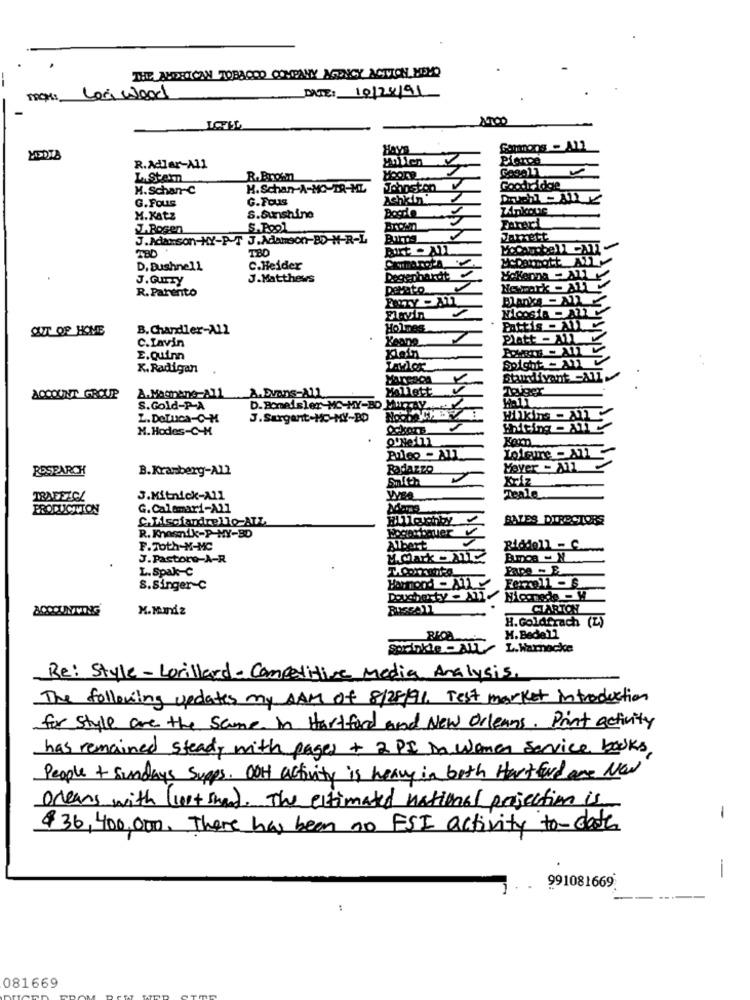
THE AHPROTICAN TOBACCO COMPANY AGENCY ACTION MEMO
Leri wood
DATE: 10/24/91
100
Mollen
Pierce
R.Adler-All
LaStern
R.Brot
Moore.
M.Schan-C
H.Schan-A-MO-TR-ML
Johnston
Goodridge
G.Fous
G.Fous
Achkin'
Linkque
M.Katz
S.Sunshine
L.Bogen
S.Pool
J.Adamson-NY-P-T J.Adamson-BD-N-R-L
Jarrett
TBO
D, Bushnell
C.Heider
J.GurTy
J.Matthews
Degenhardt
R. Parento
perato
Newark - XV
Blanks - Nl
OUT OF HOME
B. Chandler-All
Holmes
C.Invin
Platt - 111
E.Quim
Klein
Soight Mi
K. Radigan
Mellett
Toiger
ACCOUNT GROUP
A.Dvans-A11.
S.Gold-P-A
D. Bomelsler MC-MY-BD Murray
Z.DeLuca-C-H
M. Hodes-C-M
o'Nell1
Lolque - 171
RESEARCH
B.Kramberg-All
Radazzo
Mayer - 211
Snith
Kriz
Teale
3.Mitnick-All
PRODUCTION
G. Calamari-All
C.Lisciandrello-ATL
BALES DIRECTORS
Hogarbauer
R. Knosnik-P-MY-BD
F.Toth-M-MC
Albert
J.Pastore-A-R
L. Spak-C
Barmond - NL
S.Singer-C
ACCOUNTING
N.M.Indz
CIARTON
H.Goldfrach (Z)
H.Bedell
Sprinkle - ALL
L.Warnecke
Re: Style -Lorillard- Competitive Media Analysis.
The following updates my AAM of 8/28/91. Test market introduction
for style are the same in Hartford and New Orleans. Print activity
has remained steady with pages + 2 PI in women service books
People + Sundays Supps. OOH activity is heavy in both Hart ford are Now
Orleans with (lust shand. The estimated national projection is
-
$36,400,000. There has been no ESI activity to- date
991081669
081669